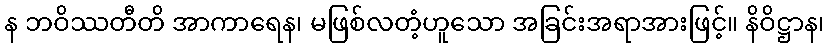
န ဘဝိဿတီတိ အာကာရေန၊ မဖြစ်လတံ့ဟူသော အခြင်းအရာအားဖြင့်။ နိဝိဋ္ဌာန၊